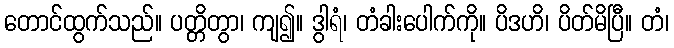
တောင်ထွက်သည်။ ပတ္တိတွာ၊ ကျ၍။ ဒွါရံ၊ တံခါးပေါက်ကို။ ပိဒဟိ၊ ပိတ်မိပြီ။ တံ၊